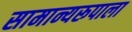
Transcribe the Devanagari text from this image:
सामान्यरूपाला